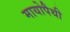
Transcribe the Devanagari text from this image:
मायोपैथी